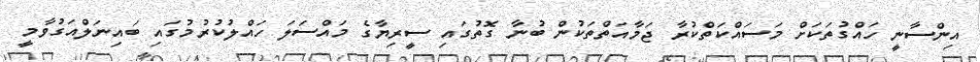
އިންސާނީ ހައްގުތަކަށް މަސައްކަތްކުރާ ޖަމާއަތްތަކުން ބުނާ ގޮތުގައި ސީރިޔާގެ މައްސަލަ ހައްލުކުރުމުގައި ބައިނަލްއަގުވާމީ